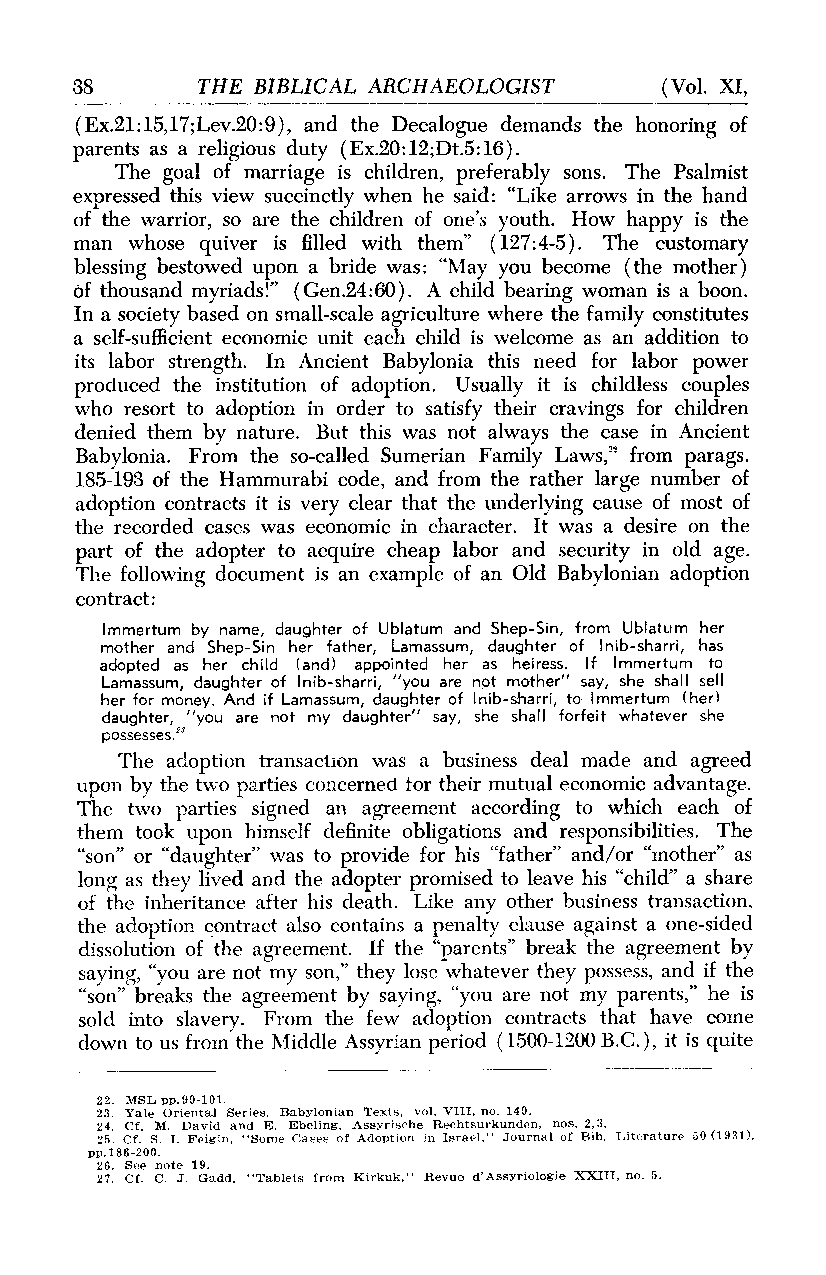
38      THE BIBLICAL ARCHAEOLOGIST     (Vol. XI,
 (Ex.21:15,17;Lev.20:9), and the Decalogue demands the honoring of
 parents as a religious duty (Ex.20:12;Dt.5:16).
 The goal of marriage is children, preferably sons. The Psalmist
 expressed this view succinctly when he said: "Like arrows in the hand
 of the warrior, so are the children of one's youth. How happy is the
 man whose quiver is filled with them" (127:4-5). The customary
 blessing bestowed upon a bride was: "May you become (the mother)
 of thousand myriads!" (Gen.24:60). A child bearing woman is a boon.
 In a society based on small-scale agriculture where the family constitutes
 a self-sufficient economic unit each child is welcome as an addition to
 its labor strength. In Ancient Babylonia this need for labor power
 produced the institution of adoption. Usually it is childless couples
 who resort to adoption in order to satisfy their cravings for children
 denied them by nature. But this was not always the case in Ancient
 Babylonia. From the so-called Sumerian Family Laws," from parags.
 185-193 of the Hammurabi code, and from the rather large number of
 adoption contracts it is very clear that the underlying cause of most of
 the recorded cases was economic in character. It was a desire on the
 part of the adopter to acquire cheap labor and security in old age.
 The following document is an example of an Old Babylonian adoption
 contract:
 Immertum by name, daughter of Ublatum and Shep-Sin, from Ublatum her
 mother and Shep-Sin her father, Lamassum, daughter of Inib-sharri, has
 adopted as her child (and) appointed her as heiress. If Immertum to
 Lamassum, daughter of Inib-sharri, "you are not mother" say, she shall sell
 her for money. And if Lamassum, daughter of Inib-sharri, to Immertum (her)
 daughter, "you are not my daughter" say, she shall forfeit whatever she
 possesses."
 The adoption transaction was a business deal made and agreed
 upon by the two parties concerned tor their mutual economic advantage.
 The two parties signed an agreement according to which each of
 them took upon himself definite obligations and responsibilities. The
 "son" or "daughter" was to provide for his "father" and/or "mother" as
 long as they lived and the adopter promised to leave his "child" a share
 of the inheritance after his death. Like any other business transaction,
 the adoption contract also contains a penalty clause against a one-sided
 dissolution of the agreement. If the "parents" break the agreement by
 saying, "you are not my son," they lose whatever they possess, and if the
 "son" breaks the agreement by saying, "you are not my parents," he is
 sold into slavery. From the few adoption contracts that have come
 down to us from the Middle Assyrian period (1500-1200 B.C.), it is quite
 22. MSL pp.99-101.
 23. Yale Oriental Series, Babylonian Texts, vol. VIII, no. 149.
 24. Cf. M. David and E. Ebeling, Assyrische Rechtsurkunden, nos. 2,3.
 25. Cf. S. I. Feigin, "Some Cases of Adoption in Israel," Journal of Bib. Literature 50 (1931),
 pp.186-200.
 26. See note 19.
 27. Cf. C. J. Gadd, "Tablets from Kirkuk," Revue d'Assyriologie XXIII, no. 5.